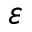
\varepsilon